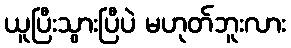
ယူပြီးသွားပြီပဲ မဟုတ်ဘူးလား